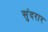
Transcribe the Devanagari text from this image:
सुंदरार